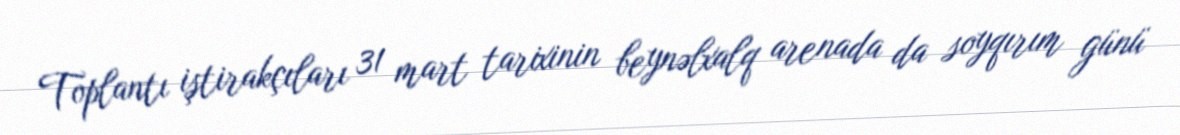
Toplantı iştirakçıları 31 mart tarixinin beynəlxalq arenada da soyqırım günü